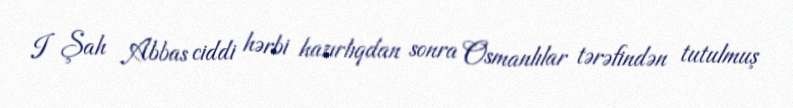
I Şah Abbas ciddi hərbi hazırlıqdan sonra Osmanlılar tərəfindən tutulmuş